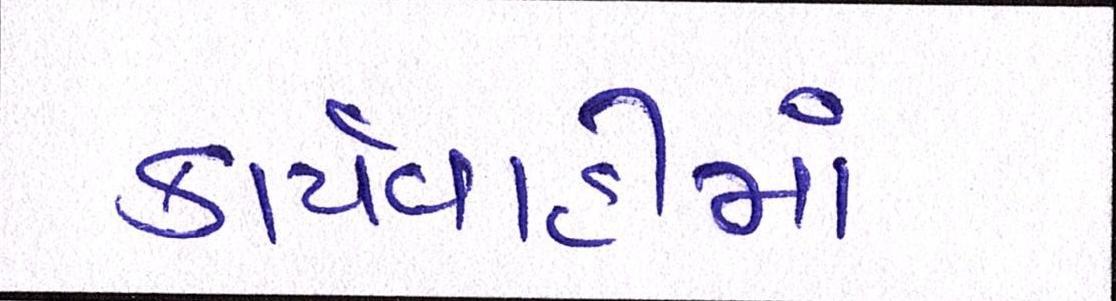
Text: કાર્યવાહીમાં